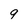
Character: q